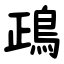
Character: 鴊